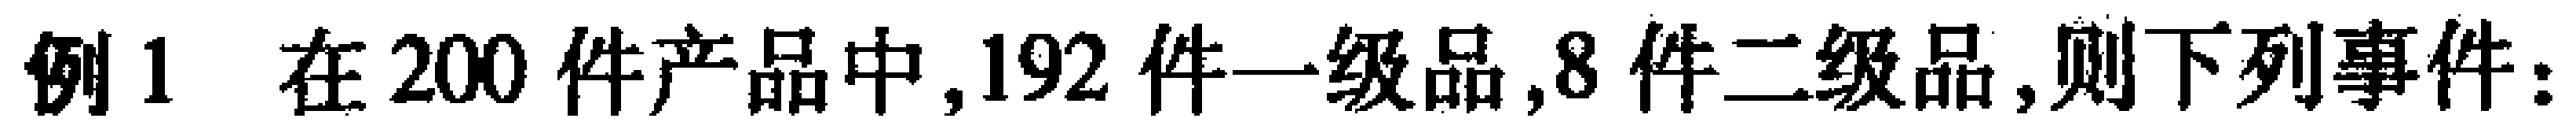
例1 在200件产品中,192件一级品,8件二级品,则下列事件：